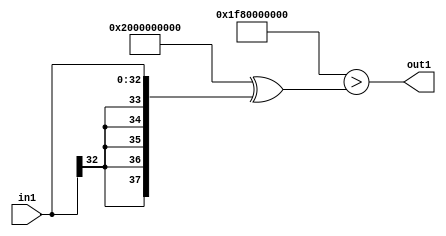
`timescale 1ps / 1ps
/*****************************************************************************
    Verilog RTL Description
    
    
    Created by: CellMath Designer 2019.1.01 
*******************************************************************************/

module avg_pool_LtnLLs33_4_1 (
	in1,
	out1
	); /* architecture "behavioural" */ 
input [32:0] in1;
output  out1;
wire  asc001;

assign asc001 = ((38'B10000000000000000000000000000000000000 ^ 38'B11111110000000000000000000000000000000)>(38'B10000000000000000000000000000000000000
    ^ {{5{in1[32]}}, in1}));

assign out1 = asc001;
endmodule

/* CADENCE  uLL3TAA= : u9/ySgnWtBlWxVPRXgAZ4Og= ** DO NOT EDIT THIS LINE ******/